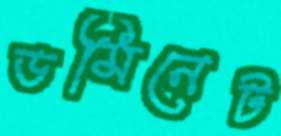
ডমিনেট